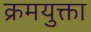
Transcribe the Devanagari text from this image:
क्रमयुक्ता